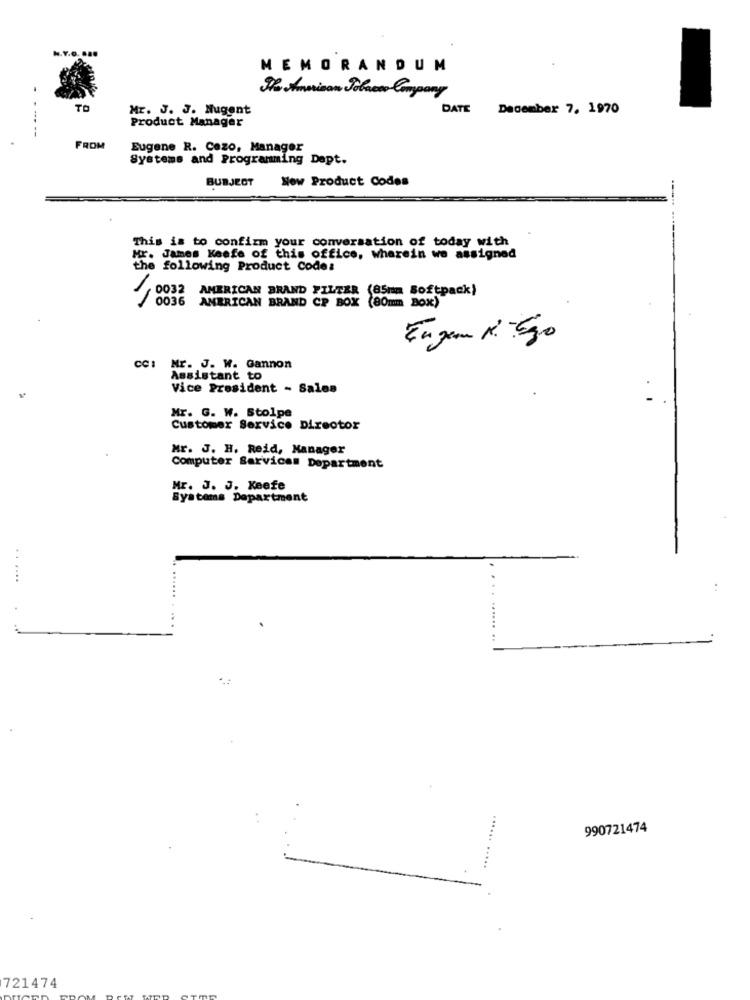
N.Y.O.
MEMORANDUM
He Aussisom Polaow Company
TO
Mr. J. J. Nugent
DATE December 7, 1970
Product Manager
------
FROM
Eugene R. Cezo, Manager
Systems and Programming Dapt.
BURJECT
Now Product Codes
This is to confirm your conversation of today with
Mr. James Keefe of this office, wherein we assigned
the following Product Code:
0032 AMERICAN BRAND FILTER (85mm Softpack)
0036
AMERICAN BRAND CP BOX (80mm BOX)
Eugen R. Ejo
CC: Mr. J. W. Gannon
Assistant to
Vice President - Sales
Mr. G. W. Stolpe
Customer Service Director
Mr. J. H. Reid, Manager
Computer Services Department
Mr. J. J. Keefe
Systems Department
.. ....
....
990721474
721474